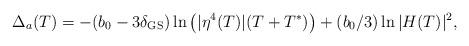
LaTeX: \begin{align*}\Delta_a(T) = -(b_0-3\delta_{\rm GS}) \ln\left(|\eta^4(T)| (T+T^*)\right) + (b_0/3) \ln |H(T)|^2,\end{align*}